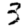
Digit: 3